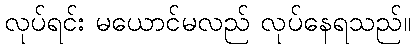
လုပ်ရင်း မယောင်မလည် လုပ်နေရသည်။